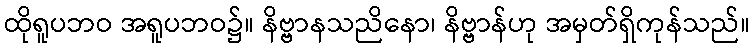
ထိုရူပဘဝ အရူပဘဝ၌။ နိဗ္ဗာနသညိနော၊ နိဗ္ဗာန်ဟု အမှတ်ရှိကုန်သည်။